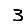
Digit: 3